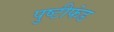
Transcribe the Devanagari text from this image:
पुष्टीफंड